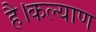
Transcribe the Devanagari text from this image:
है।कल्याण